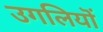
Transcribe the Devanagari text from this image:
उगलियॊं